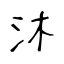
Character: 沐